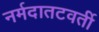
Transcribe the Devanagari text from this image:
नर्मदातटवर्ती